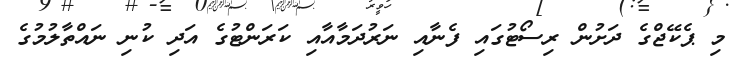
މި ޕެކޭޖްގެ ދަށުން ރިސޯޓުގައި ފެނާއި ނަރުދަމާއާއި ކަރަންޓުގެ އަދި ކުނި ނައްތާލުމުގެ